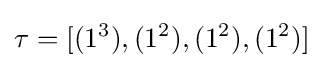
\tau =[(1^{3}),(1^{2}),(1^{2}),(1^{2})]